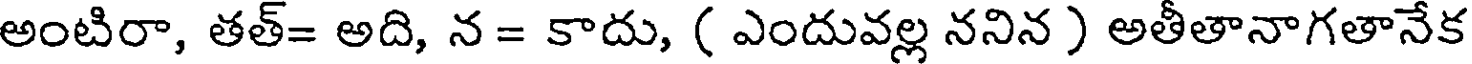
అంటిరా, తత్= అది, న = కాదు, ( ఎందువల్ల ననిన ) అతీతానాగతానేక